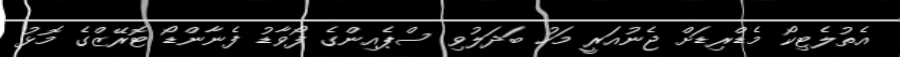
އެތުލެޓިކޯ މެޑްރިޑަށް ޖެނުއަރީ މަހު ބަދަލުވި ސްޕެއިންގެ ފޯވާޑު ފެނާންޑޯ ޓޮރޭޒްގެ މޮޅު